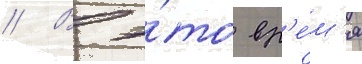
// В э́то вр'е́м'я